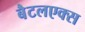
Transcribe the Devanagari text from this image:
बैटलएक्स